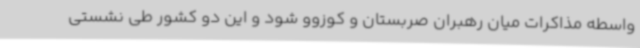
واسطه مذاکرات میان رهبران صربستان و کوزوو شود و این دو کشور طی نشستی